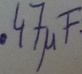
Text: .47µF